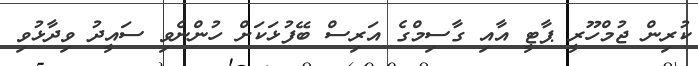
ކުރިން ޖުމްހޫރީ ޕާޓީ އާއި ގާސިމްގެ އަރިސް ބޭފުޅަކަށް ހުންނެވި ސައީދު ވިދާޅުވި